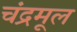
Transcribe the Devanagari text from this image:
चंद्रमूल